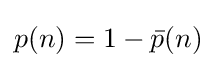
p(n)=1-{\bar {p}}(n)